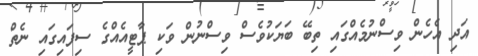
އަދި އެހެން ވިސްނުމެއްގައި ތިބޭ ބަޔަކުވެސް ވިސްނުން ވަކި ޕާޓީއެއްގެ ސިފައިގައި ނެތް